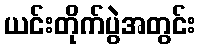
ယင်းတိုက်ပွဲအတွင်း